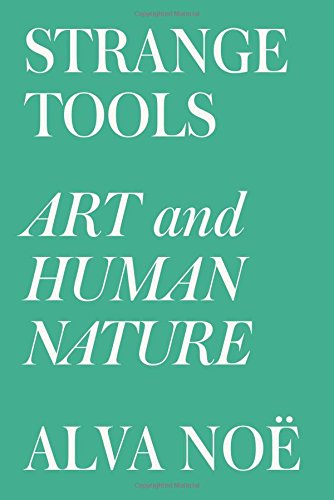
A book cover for Strange Tools: Art and Human Nature; Alva NoÃ«; Arts & Photography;